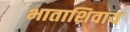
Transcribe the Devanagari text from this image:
भाताशिवाय